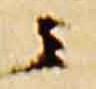
云